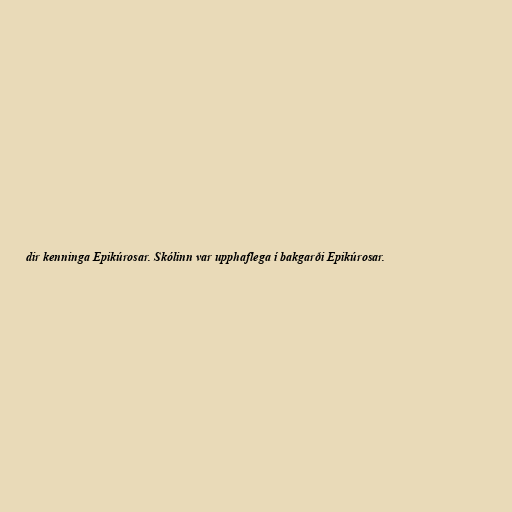
dir kenninga Epikúrosar. Skólinn var upphaflega í bakgarði Epikúrosar.